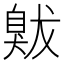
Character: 𦤚